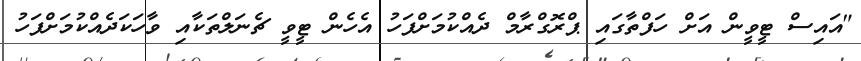
"އައިސް ޓީވީން އަށް ހަފްތާގައި ޕްރޮގްރާމް ދެއްކުމަށްފަހު އެހެން ޓީވީ ޗެނަލްތަކާއި ވާހަކަދެއްކުމަށްފަހު